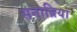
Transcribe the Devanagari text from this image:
सनाब्रिया